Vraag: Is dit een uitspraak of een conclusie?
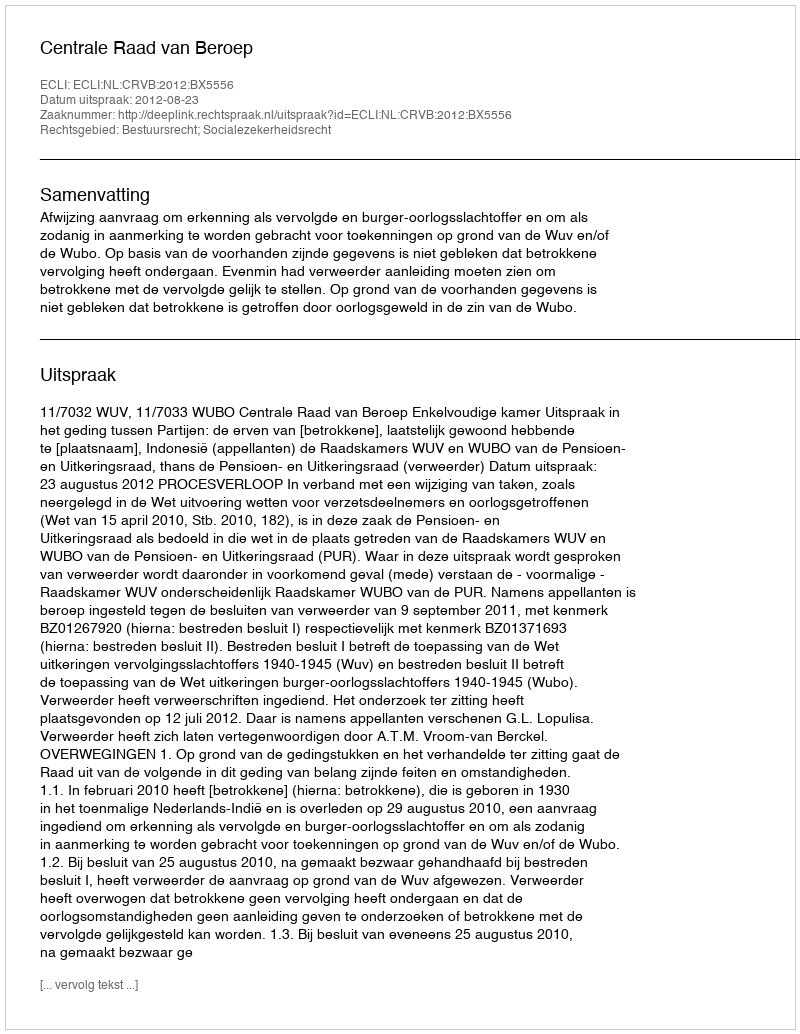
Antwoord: Uitspraak